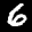
Label: 6